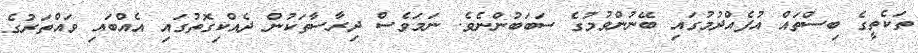
ތަކެތީގެ ބިސްތައް އުފެއްދުމުގައި ބޭނުންވުމުގެ ސަބަބުންނެވެ. ނަމަވެސް ދިރާސާތަކުން ދެއްކިގޮތުގައި އެއްބައި ވައްތަރުގެ